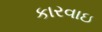
કારવાઇ